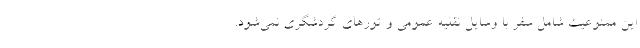
این ممنوعیت شامل سفر با وسایل نقلیه عمومی و تورهای گردشگری نمی‌شود.